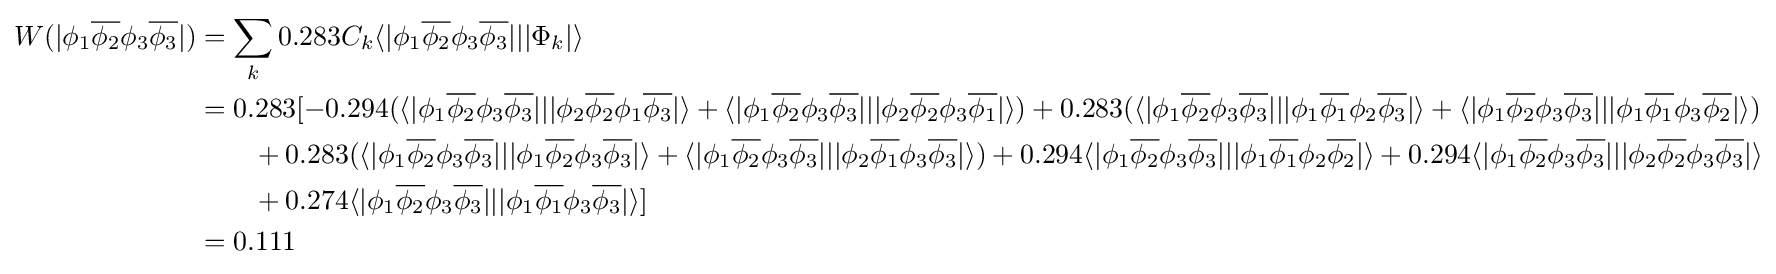
{\begin{aligned}W(|\phi _{1}{\overline {\phi _{2}}}\phi _{3}{\overline {\phi _{3}}}|)&=\sum \limits _{k}0.283C_{k}\langle |\phi _{1}{\overline {\phi _{2}}}\phi _{3}{\overline {\phi _{3}}}|||\Phi _{k}|\rangle \\&=0.283[-0.294(\langle |\phi _{1}{\overline {\phi _{2}}}\phi _{3}{\overline {\phi _{3}}}|||\phi _{2}{\overline {\phi _{2}}}\phi _{1}{\overline {\phi _{3}}}|\rangle +\langle |\phi _{1}{\overline {\phi _{2}}}\phi _{3}{\overline {\phi _{3}}}|||\phi _{2}{\overline {\phi _{2}}}\phi _{3}{\overline {\phi _{1}}}|\rangle )+0.283(\langle |\phi _{1}{\overline {\phi _{2}}}\phi _{3}{\overline {\phi _{3}}}|||\phi _{1}{\overline {\phi _{1}}}\phi _{2}{\overline {\phi _{3}}}|\rangle +\langle |\phi _{1}{\overline {\phi _{2}}}\phi _{3}{\overline {\phi _{3}}}|||\phi _{1}{\overline {\phi _{1}}}\phi _{3}{\overline {\phi _{2}}}|\rangle )\\&\quad \quad +0.283(\langle |\phi _{1}{\overline {\phi _{2}}}\phi _{3}{\overline {\phi _{3}}}|||\phi _{1}{\overline {\phi _{2}}}\phi _{3}{\overline {\phi _{3}}}|\rangle +\langle |\phi _{1}{\overline {\phi _{2}}}\phi _{3}{\overline {\phi _{3}}}|||\phi _{2}{\overline {\phi _{1}}}\phi _{3}{\overline {\phi _{3}}}|\rangle )+0.294\langle |\phi _{1}{\overline {\phi _{2}}}\phi _{3}{\overline {\phi _{3}}}|||\phi _{1}{\overline {\phi _{1}}}\phi _{2}{\overline {\phi _{2}}}|\rangle +0.294\langle |\phi _{1}{\overline {\phi _{2}}}\phi _{3}{\overline {\phi _{3}}}|||\phi _{2}{\overline {\phi _{2}}}\phi _{3}{\overline {\phi _{3}}}|\rangle \\&\quad \quad +0.274\langle |\phi _{1}{\overline {\phi _{2}}}\phi _{3}{\overline {\phi _{3}}}|||\phi _{1}{\overline {\phi _{1}}}\phi _{3}{\overline {\phi _{3}}}|\rangle ]\\&=0.111\end{aligned}}